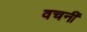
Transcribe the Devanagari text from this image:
वचनीं